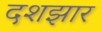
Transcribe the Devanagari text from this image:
दशझार